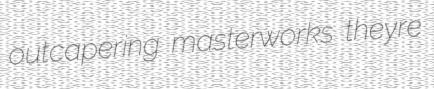
outcapering masterworks theyre